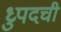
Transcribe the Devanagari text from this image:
ध्रुपदची